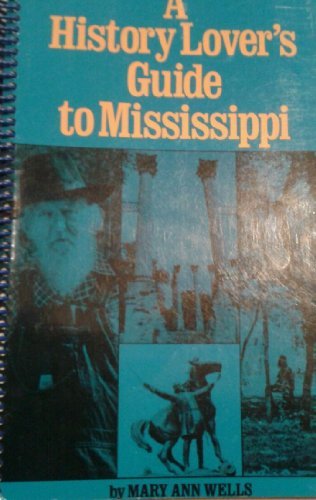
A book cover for A History Lover's Guide to Mississippi; Mary Ann Wells; Travel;